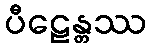
ပီဠေန္တဿ